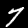
Digit: 7